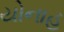
યોનાહ